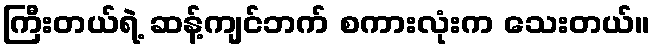
ကြီးတယ်ရဲ့ ဆန့်ကျင်ဘက် စကားလုံးက သေးတယ်။